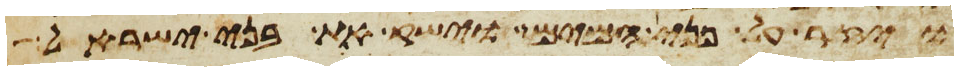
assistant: ויזר על פני המים וישק את בני ישראל